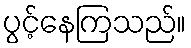
ပွင့်နေကြသည်။